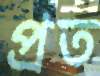
প্রত